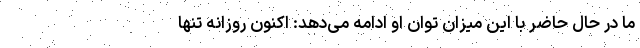
ما در حال حاضر با این میزان توان او ادامه می‌دهد: اکنون روزانه تنها